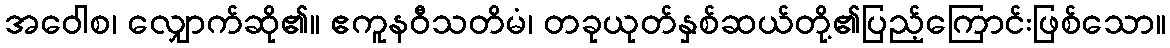
အဝေါစ၊ လျှောက်ဆို၏။ ဧကူနဝီသတိမံ၊ တခုယုတ်နှစ်ဆယ်တို့၏ပြည့်ကြောင်းဖြစ်သော။